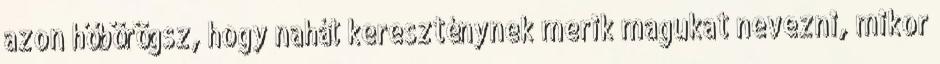
azon hőbörögsz, hogy nahát kereszténynek merik magukat nevezni, mikor